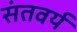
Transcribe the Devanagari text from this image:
संतवर्य